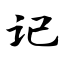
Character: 记